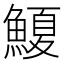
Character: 𮬆